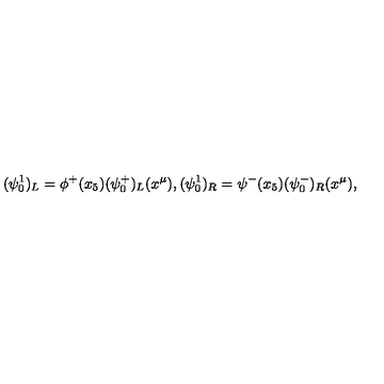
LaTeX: ( \psi _ { 0 } ^ { 1 } ) _ { L } = \phi ^ { + } ( x _ { 5 } ) ( \psi _ { 0 } ^ { + } ) _ { L } ( x ^ { \mu } ) , ( \psi _ { 0 } ^ { 1 } ) _ { R } = \psi ^ { - } ( x _ { 5 } ) ( \psi _ { 0 } ^ { - } ) _ { R } ( x ^ { \mu } ) ,